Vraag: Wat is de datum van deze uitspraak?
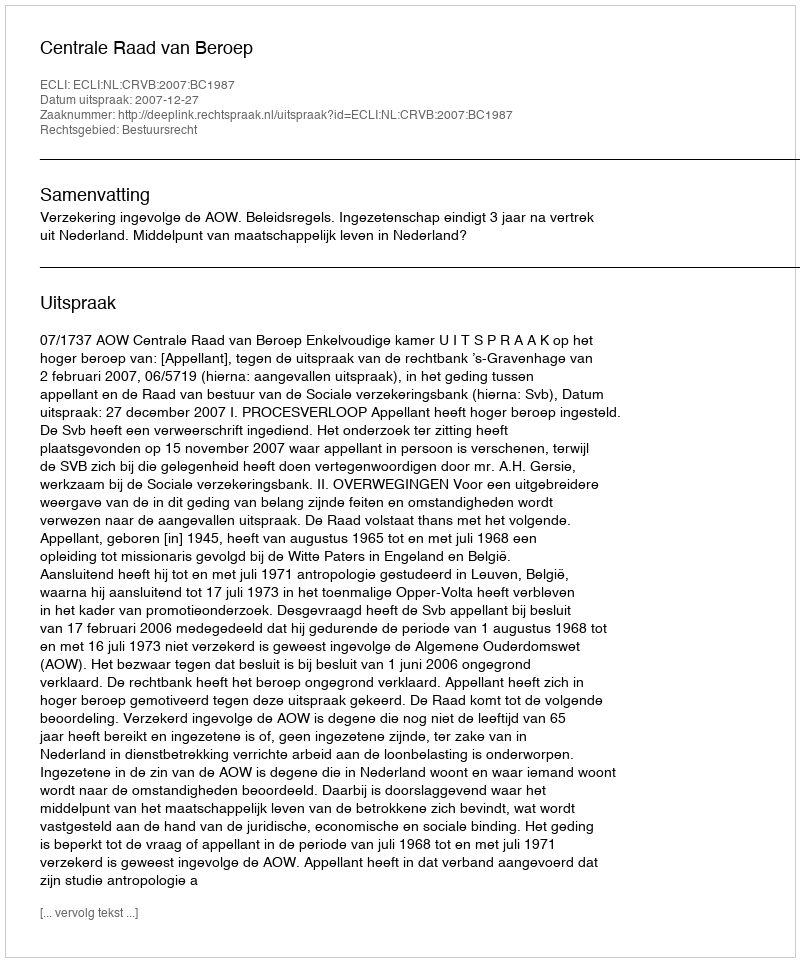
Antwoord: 2007-12-27